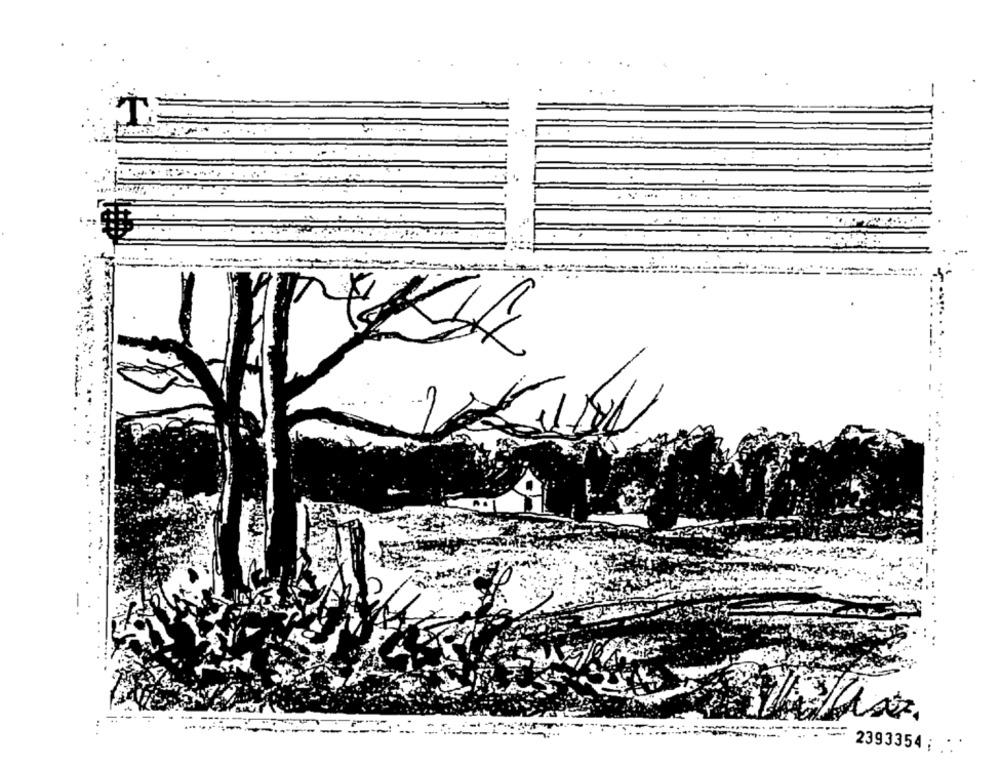
T
2393354 ; .*